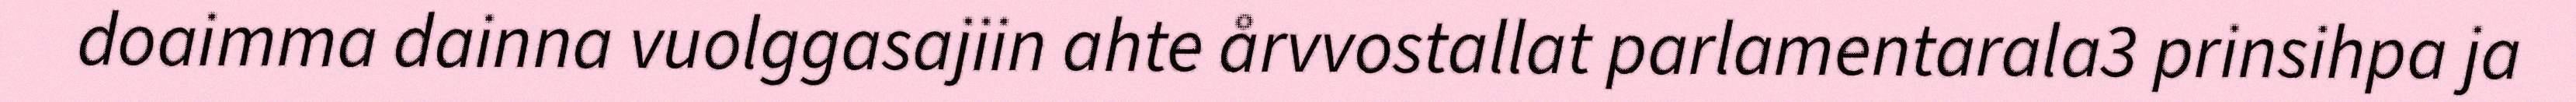
doaimma dainna vuolggasajiin ahte årvvostallat parlamentarala3 prinsihpa ja